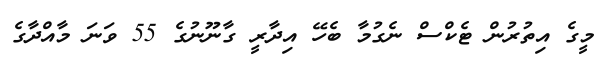
މީގެ އިތުރުން ޓެކްސް ނެގުމާ ބެހޭ އިދާރީ ގާނޫނުގެ 55 ވަނަ މާއްދާގެ